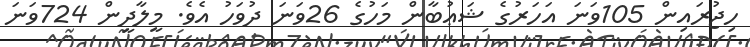
ހިޖުރައިން 105ވަނަ އަހަރުގެ ޝަޢުބާން މަހުގެ 26ވަނަ ދުވަހު އެވެ. މީލާދީން 724ވަނަ